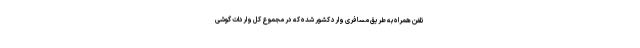
تلفن همراه به طریق مسافری وارد کشور شده که در مجموع کل واردات گوشی